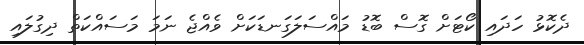
ދެކޮޅު ހަދައި ކޯޓަށް ގޮސް ބޮޑު މައްސަލަގަނޑަކަށް ވެއްޖެ ނަމަ މަސައްކަތް ދިގުލައި